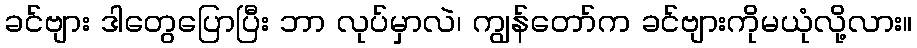
ခင်ဗျား ဒါတွေပြောပြီး ဘာ လုပ်မှာလဲ၊ ကျွန်တော်က ခင်ဗျားကိုမယုံလို့လား။